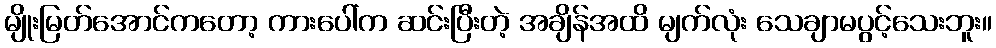
မျိုးမြတ်အောင်ကတော့ ကားပေါ်က ဆင်းပြီးတဲ့ အချိန်အထိ မျက်လုံး သေချာမပွင့်သေးဘူး။